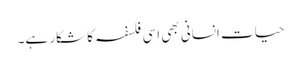
حیاتِ انسانی بھی اِسی فلسفہ کا شکار ہے۔